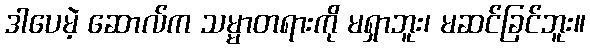
ဒါပေမဲ့ ဆောလ်က သမ္မာတရားကို မရှာဘူး၊ မဆင်ခြင်ဘူး။